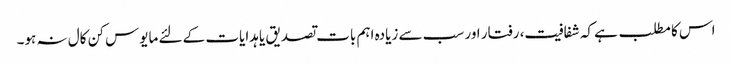
اس کا مطلب ہے کہ شفافیت، رفتار اور سب سے زیادہ اہم بات تصدیق یا ہدایات کے لئے مایوس کن کال نہ ہو۔